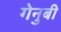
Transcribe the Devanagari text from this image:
गेनुबी